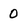
Character: 0